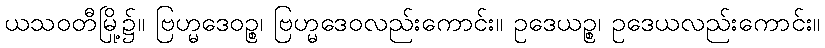
ယသဝတီမြို့၌။ ဗြဟ္မဒေဝဉ္စ၊ ဗြဟ္မဒေဝလည်းကောင်း။ ဥဒေယဉ္စ၊ ဥဒေယလည်းကောင်း။